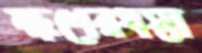
ক্ষণেরধস্তা